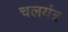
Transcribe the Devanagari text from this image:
चलयंत्र